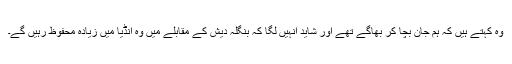
وہ کہتے ہیں کہ ہم جان بچا کر بھاگے تھے اور شاید انہیں لگا کہ بنگلہ دیش کے مقابلے میں وہ انڈیا میں زیادہ محفوظ رہیں گے۔